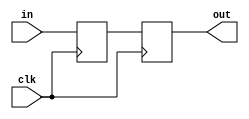
module delay_block #(parameter DELAY = 10) (
    input wire clk,           // Clock signal for synchronous behavior
    input wire [N-1:0] in,   // Input signal (N-bit wide)
    output reg [N-1:0] out   // Output signal (N-bit wide)
);
    parameter N = 8;         // Default width of the input/output signals

    // Internal signal to hold the delayed value
    reg [N-1:0] delayed_value;

    always @(posedge clk) begin
        // Update the delayed value after the specified delay
        delayed_value <= #DELAY in;
    end

    always @(posedge clk) begin
        // Output the delayed value
        out <= delayed_value;
    end
endmodule